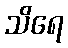
သိရေ